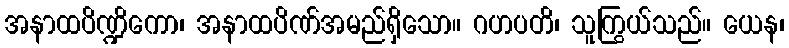
အနာထပိဏ္ဍိကော၊ အနာထပိဏ်အမည်ရှိသော။ ဂဟပတိ၊ သူကြွယ်သည်။ ယေန၊